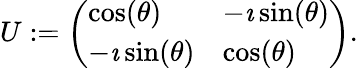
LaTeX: \begin{array}{r}{U:=\left(\begin{array}{ll}{\cos(\theta)}&{-\imath\sin(\theta)}\\ {-\imath\sin(\theta)}&{\cos(\theta)}\end{array}\right).}\end{array}